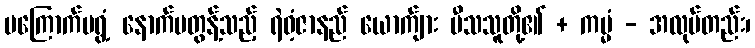
မကြောက်မရွံ့ နောက်မတွန့်သည့် ရဲဝံ့ဇာနည် ယောက်ျား ပီသသူတို့၏ + ကမ္မံ - အလုပ်တည်း၊